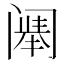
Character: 𬮷